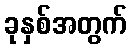
ခုနှစ်အတွက်